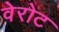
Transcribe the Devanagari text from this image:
वेरोट